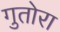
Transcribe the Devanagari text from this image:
गुतोरा